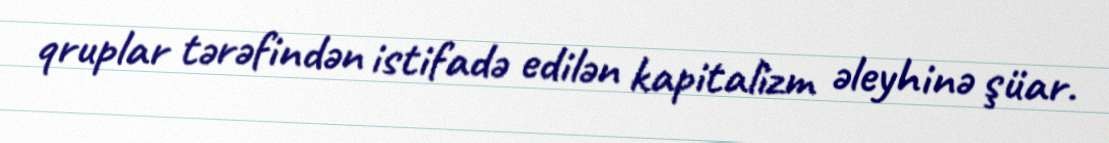
qruplar tərəfindən istifadə edilən kapitalizm əleyhinə şüar.